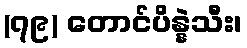
(၇၉) တောင်ပိန္နဲသီး၊